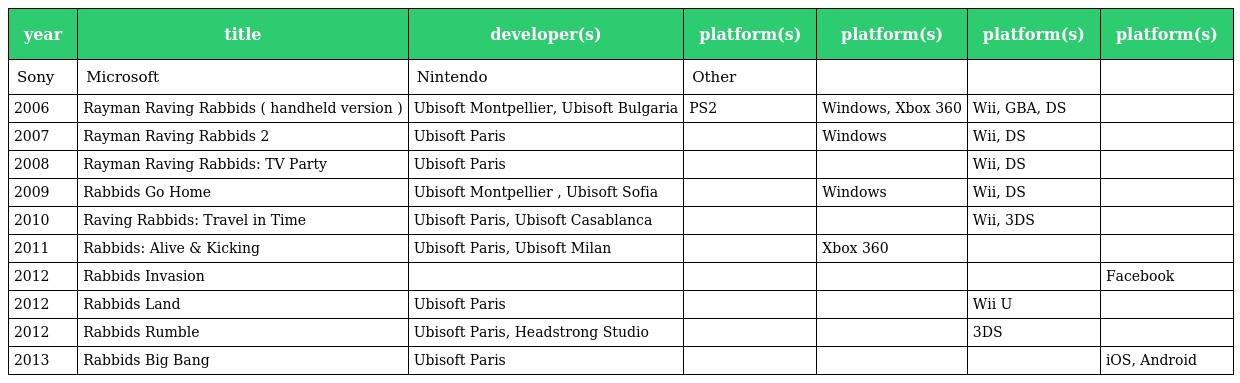
| year | title | developer(s) | platform(s) | platform(s) | platform(s) | platform(s) |
 | --- | --- | --- | --- | --- | --- | --- |
 | Sony | Microsoft | Nintendo | Other |  |  |  |
 | 2006 | Rayman Raving Rabbids ( handheld version ) | Ubisoft Montpellier, Ubisoft Bulgaria | PS2 | Windows, Xbox 360 | Wii, GBA, DS |  |
 | 2007 | Rayman Raving Rabbids 2 | Ubisoft Paris |  | Windows | Wii, DS |  |
 | 2008 | Rayman Raving Rabbids: TV Party | Ubisoft Paris |  |  | Wii, DS |  |
 | 2009 | Rabbids Go Home | Ubisoft Montpellier , Ubisoft Sofia |  | Windows | Wii, DS |  |
 | 2010 | Raving Rabbids: Travel in Time | Ubisoft Paris, Ubisoft Casablanca |  |  | Wii, 3DS |  |
 | 2011 | Rabbids: Alive & Kicking | Ubisoft Paris, Ubisoft Milan |  | Xbox 360 |  |  |
 | 2012 | Rabbids Invasion |  |  |  |  | Facebook |
 | 2012 | Rabbids Land | Ubisoft Paris |  |  | Wii U |  |
 | 2012 | Rabbids Rumble | Ubisoft Paris, Headstrong Studio |  |  | 3DS |  |
 | 2013 | Rabbids Big Bang | Ubisoft Paris |  |  |  | iOS, Android |